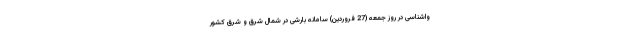
واشناسی در روز جمعه (27 فروردین) سامانه بارشی در شمال شرق و شرق کشور